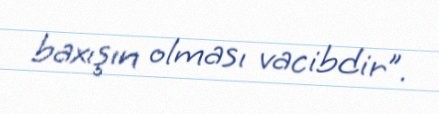
baxışın olması vacibdir”.